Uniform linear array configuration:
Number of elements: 64
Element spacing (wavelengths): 0.75
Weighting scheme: blackman
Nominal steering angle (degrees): -30
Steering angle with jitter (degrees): -29.062
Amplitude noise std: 0.05
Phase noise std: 0.05

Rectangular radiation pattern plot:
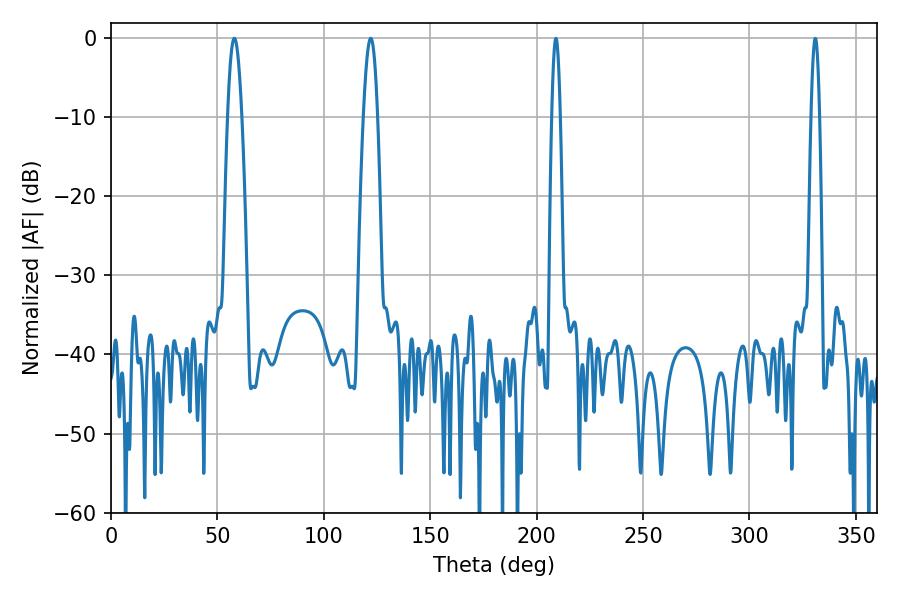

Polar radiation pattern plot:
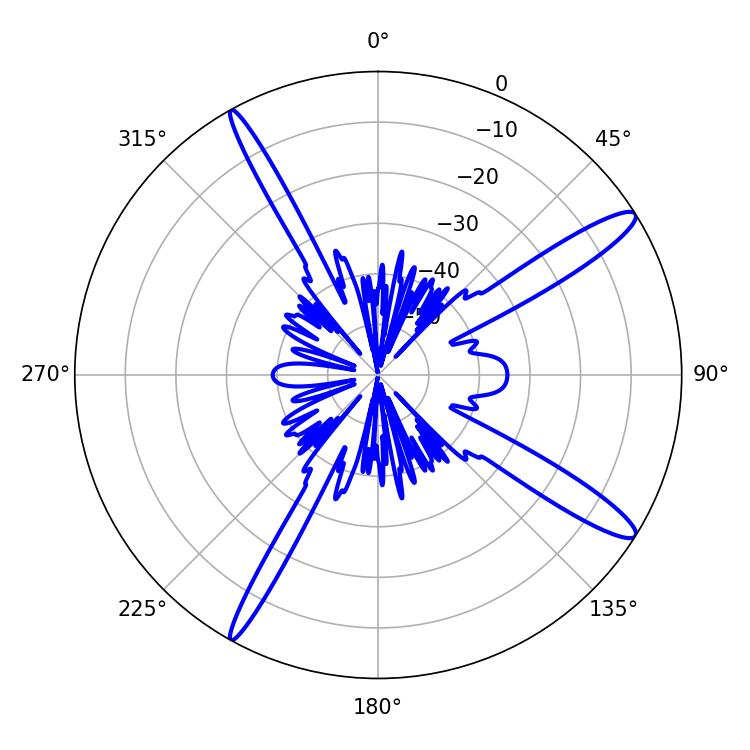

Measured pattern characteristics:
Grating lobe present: TRUE
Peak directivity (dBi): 14.122
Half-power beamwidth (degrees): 3.6
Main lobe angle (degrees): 57.96